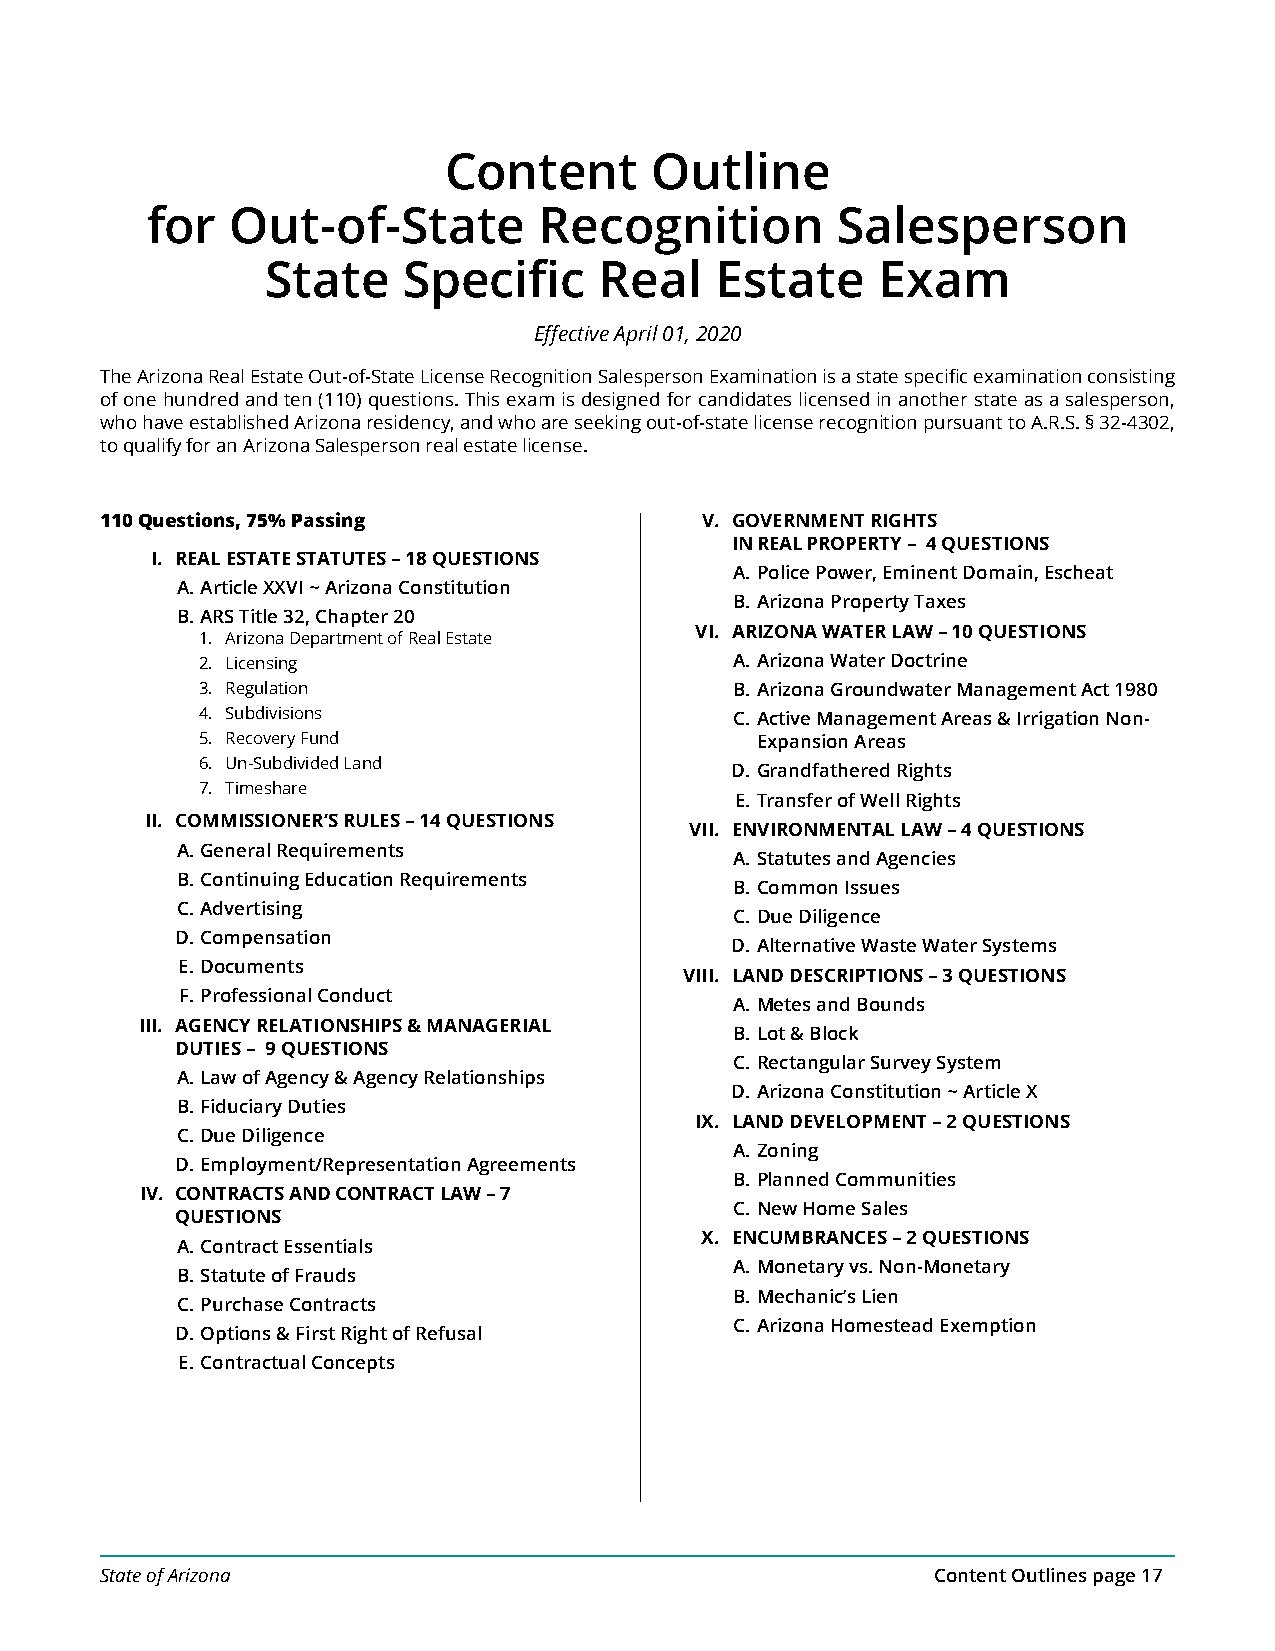
Content       Outline
 for  Out-of-State         Recognition        Salesperson
 State    Specific     Real   Estate     Exam
 Effective April 01, 2020
 The Arizona Real Estate Out-of-State License Recognition Salesperson Examination is a state specific examination consisting
 of one hundred and ten (110) questions. This exam is designed for candidates licensed in another state as a salesperson,
 who have established Arizona residency, and who are seeking out-of-state license recognition pursuant to A.R.S. § 32-4302,
 to qualify for an Arizona Salesperson real estate license.
 110 Questions, 75% Passing             V. GOVERNMENT RIGHTS
 IN REAL PROPERTY – 4 QUESTIONS
 I. REAL ESTATE STATUTES – 18 QUESTIONS
 A. Police Power, Eminent Domain, Escheat
 A. Article XXVI ~ Arizona Constitution
 B. Arizona Property Taxes
 B. ARS Title 32, Chapter 20
 VI. ARIZONA WATER LAW – 10 QUESTIONS
 1. Arizona Department of Real Estate
 2. Licensing                        A. Arizona Water Doctrine
 3. Regulation                       B. Arizona Groundwater Management Act 1980
 4. Subdivisions                     C. Active Management Areas & Irrigation Non-
 5. Recovery Fund                     Expansion Areas
 6. Un-Subdivided Land
 D. Grandfathered Rights
 7. Timeshare
 E. Transfer of Well Rights
 II. COMMISSIONER’S RULES – 14 QUESTIONS
 VII. ENVIRONMENTAL LAW – 4 QUESTIONS
 A. General Requirements
 A. Statutes and Agencies
 B. Continuing Education Requirements
 B. Common Issues
 C. Advertising
 C. Due Diligence
 D. Compensation
 D. Alternative Waste Water Systems
 E. Documents
 VIII. LAND DESCRIPTIONS – 3 QUESTIONS
 F. Professional Conduct
 A. Metes and Bounds
 III. AGENCY RELATIONSHIPS & MANAGERIAL
 B. Lot & Block
 DUTIES – 9 QUESTIONS
 C. Rectangular Survey System
 A. Law of Agency & Agency Relationships
 D. Arizona Constitution ~ Article X
 B. Fiduciary Duties
 IX. LAND DEVELOPMENT – 2 QUESTIONS
 C. Due Diligence
 A. Zoning
 D. Employment/Representation Agreements
 B. Planned Communities
 IV. CONTRACTS AND CONTRACT LAW – 7
 C. New Home Sales
 QUESTIONS
 X. ENCUMBRANCES – 2 QUESTIONS
 A. Contract Essentials
 A. Monetary vs. Non-Monetary
 B. Statute of Frauds
 B. Mechanic’s Lien
 C. Purchase Contracts
 C. Arizona Homestead Exemption
 D. Options & First Right of Refusal
 E. Contractual Concepts
 State of Arizona                                       Content Outlines page 17